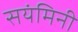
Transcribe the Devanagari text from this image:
सयंमिनी